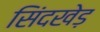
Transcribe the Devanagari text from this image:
सिंदखेड़